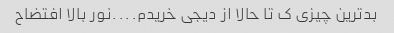
بدترین چیزی ک تا حالا از دیجی خریدم....نور بالا افتضاح